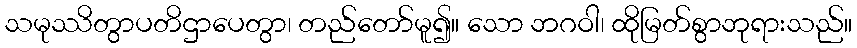
သမုဿိတွာပတိဌာပေတွာ၊ တည်တော်မူ၍။ သော ဘဂဝါ၊ ထိုမြတ်စွာဘုရားသည်။